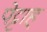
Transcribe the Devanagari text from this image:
पेट्टाह्